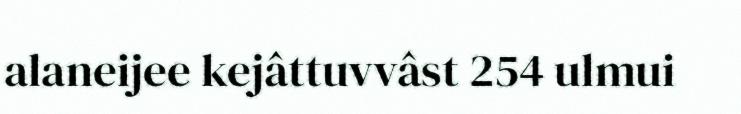
alaneijee kejâttuvvâst 254 ulmui